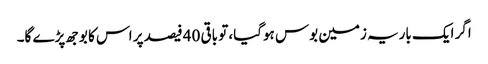
اگر ایک باریہ زمین بوس ہوگیا، تو باقی 40 فیصد پر اس کا بوجھ پڑے گا۔